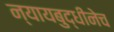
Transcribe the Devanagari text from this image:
न्यायबुद्धीनेच